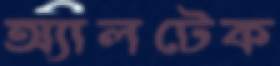
অ্যালটেক